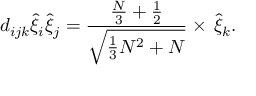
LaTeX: d _ { i j k } \hat { \xi } _ { i } \hat { \xi } _ { j } = \frac { \frac { N } { 3 } + \frac { 1 } { 2 } } { \sqrt { \frac { 1 } { 3 } N ^ { 2 } + N } } \times \, \hat { \xi } _ { k } .